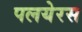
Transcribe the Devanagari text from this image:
पलयेरस